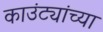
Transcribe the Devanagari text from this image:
काउंट्यांच्या